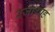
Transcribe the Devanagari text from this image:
रजाशाह